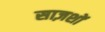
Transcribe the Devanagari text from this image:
साज़शों